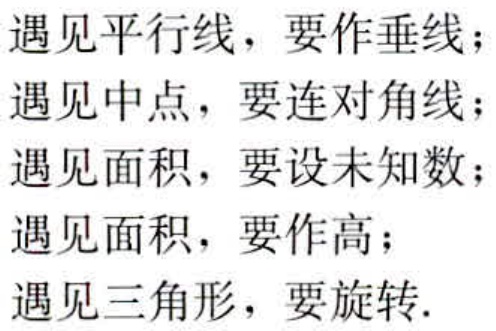
遇见平行线，要作垂线；

遇见中点，要连对角线；

遇见面积，要设未知数；

遇见面积，要作高；

遇见三角形，要旋转.